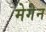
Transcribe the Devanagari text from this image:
मेगेन